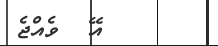
އޭ  ވެއްޖެ